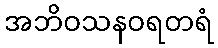
အဘိဝသနဝရတရံ